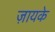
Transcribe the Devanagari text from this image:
ज़ायके